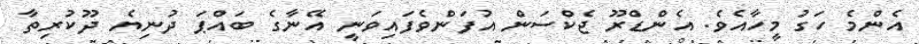
އެންމެ ހަގު މީހާއެވެ. އެންޑްރޫ ޖެކްސަން އުފަންވެފައިވަނީ އޭނާގެ ބައްޕަ ދުނިޔެ ދޫކުރިތާ